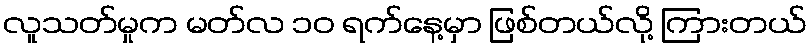
လူသတ်မှုက မတ်လ ၁၀ ရက်နေ့မှာ ဖြစ်တယ်လို့ ကြားတယ်